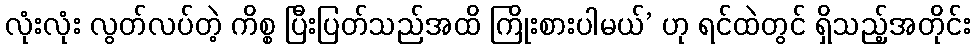
လုံးလုံး လွတ်လပ်တဲ့ ကိစ္စ ပြီးပြတ်သည်အထိ ကြိုးစားပါမယ်’ ဟု ရင်ထဲတွင် ရှိသည့်အတိုင်း